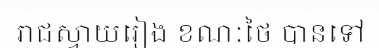
រាជស្វាយរៀង ខណៈថៃ បានទៅ